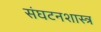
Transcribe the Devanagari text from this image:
संघटनशास्त्र